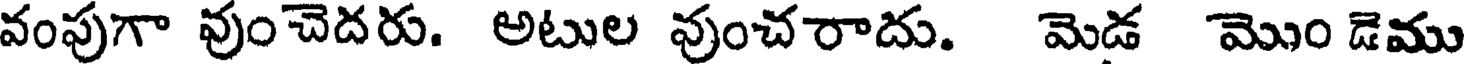
వంపుగా వుంచెదరు. అటుల వుంచరాదు. మెడ మొం డెము